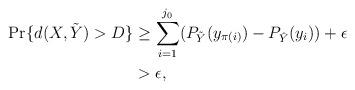
LaTeX: \begin{align*}\Pr \{ d(X, \tilde{Y}) > D \} & \geq \sum^{j_0}_{i=1} ( P_{\tilde Y} (y_{\pi (i)}) - P_{\hat{Y}}(y_i)) + \epsilon \\&> \epsilon,\end{align*}